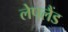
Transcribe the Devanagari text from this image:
लेपलैंड